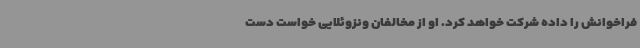
فراخوانش را داده شرکت خواهد کرد. او از مخالفان ونزوئلایی خواست دست